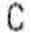
C